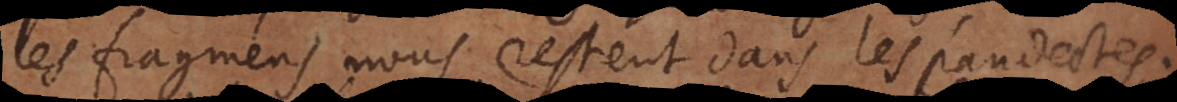
les fragmens nous restent dans les Pandectes.